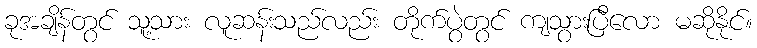
ခုအချိန်တွင် သူ့သား လူဆန်းသည်လည်း တိုက်ပွဲတွင် ကျသွားပြီလော မဆိုနိုင်။